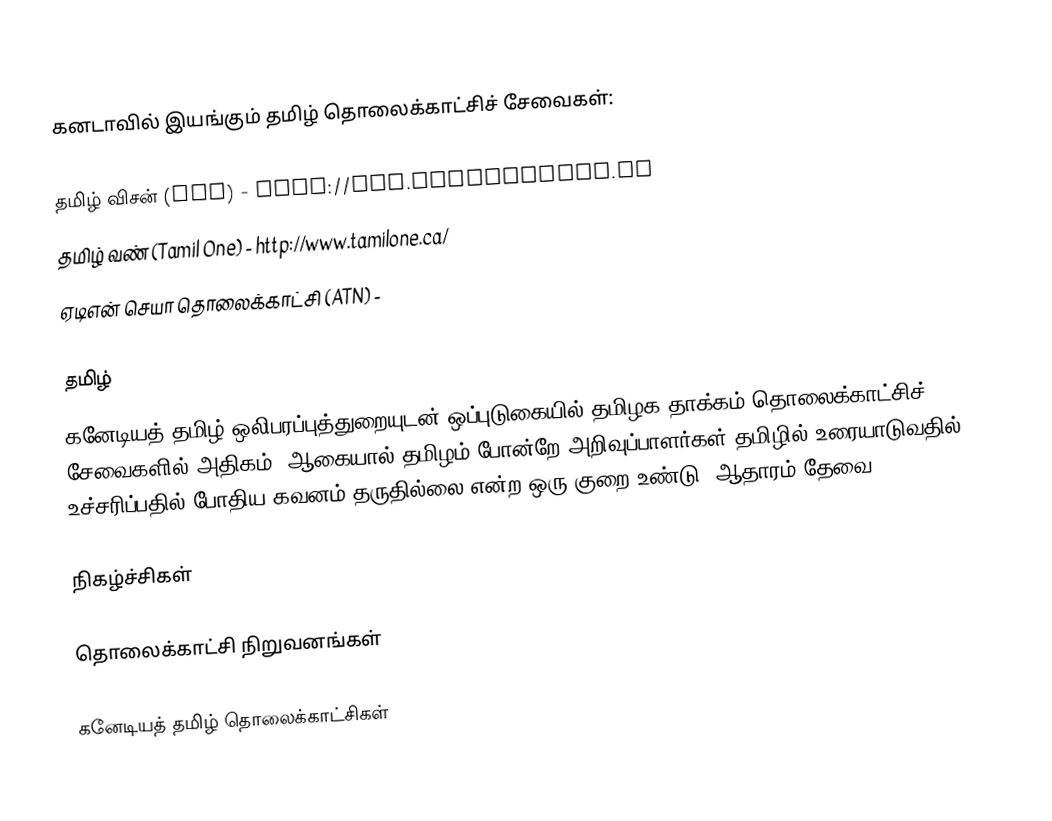
கனடாவில் இயங்கும் தமிழ் தொலைக்காட்சிச் சேவைகள்:

 தமிழ் விசன் (TVI) - http://www.tamilvision.tv
 தமிழ் வண் (Tamil One) - http://www.tamilone.ca/
 ஏடிஎன் செயா தொலைக்காட்சி (ATN) -

தமிழ்
கனேடியத் தமிழ் ஒலிபரப்புத்துறையுடன் ஒப்புடுகையில் தமிழக தாக்கம் தொலைக்காட்சிச் சேவைகளில் அதிகம்.  ஆகையால் தமிழம் போன்றே அறிவுப்பாளர்கள் தமிழில் உரையாடுவதில் உச்சரிப்பதில் போதிய கவனம் தருதில்லை என்ற ஒரு குறை உண்டு (ஆதாரம் தேவை).

நிகழ்ச்சிகள்

தொலைக்காட்சி நிறுவனங்கள்

கனேடியத் தமிழ் தொலைக்காட்சிகள்